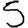
Digit: 5